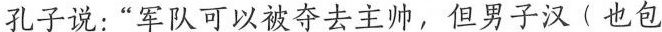
孔子说:“军队可以被夺去主帅，但男子汉(也包